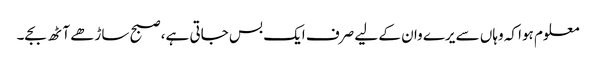
معلوم ہوا کہ وہاں سے یرے وان کے لیے صرف ایک بس جاتی ہے، صبح ساڑھے آٹھ بجے۔